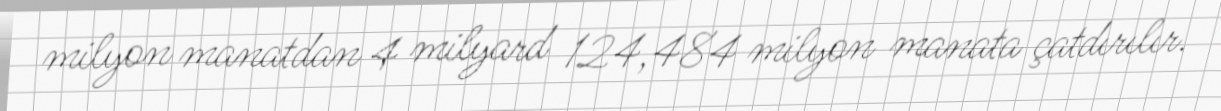
milyon manatdan 4 milyard 124,484 milyon manata çatdırılır.